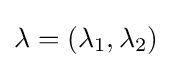
\lambda =(\lambda _{1},\lambda _{2})